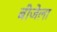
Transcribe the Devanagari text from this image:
बीजेला